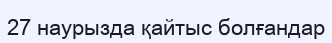
27 наурызда қайтыс болғандар